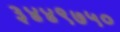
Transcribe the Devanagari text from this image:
३४४९७५०